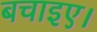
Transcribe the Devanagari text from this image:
बचाइए।